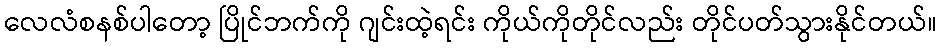
လေလံစနစ်ပါတော့ ပြိုင်ဘက်ကို ဂျင်းထဲ့ရင်း ကိုယ်ကိုတိုင်လည်း တိုင်ပတ်သွားနိုင်တယ်။